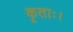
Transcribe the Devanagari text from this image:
कृताः।